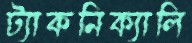
ট্যাকনিক্যালি